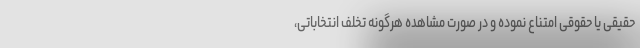
حقیقی یا حقوقی امتناع نموده و در صورت مشاهده هرگونه تخلف انتخاباتی،